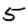
Digit: 5